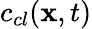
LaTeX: c_{cl}({\mathbf x},t)